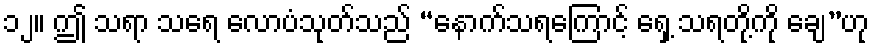
၁၂။ ဤ သရာ သရေ လောပံသုတ်သည် “နောက်သရကြောင့် ရှေ့ သရတို့ကို ချေ”ဟု